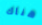
هناك